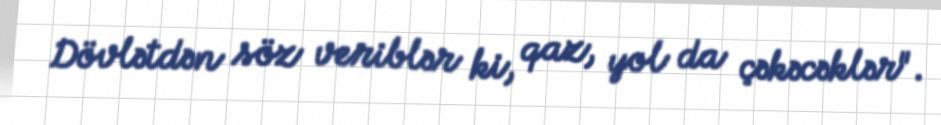
Dövlətdən söz veriblər ki, qaz, yol da çəkəcəklər".